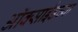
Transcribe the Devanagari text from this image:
ऑक्‍साईडच्या